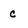
Character: c